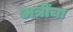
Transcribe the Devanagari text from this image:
अत्रींचा